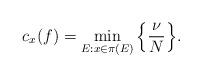
LaTeX: \begin{align*}c_{x}(f)=\min_{E: x\in\pi(E)}\Big\{\frac{\nu}{N}\Big\}.\end{align*}